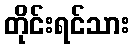
တိုင်းရင်သား